Report of the King Institute of Preventive Medicine, Guindy
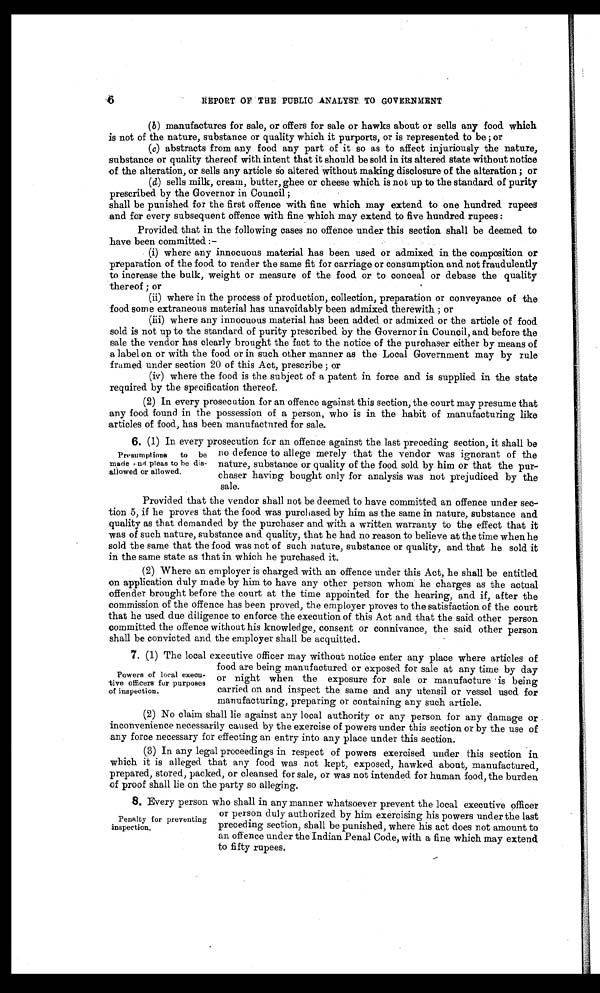
REPORT OF THE PUBLIC ANALYST TO GOVERNMENT
(b) manufactures for sale, or offers for sale or hawks about or sells any food which
is not of the nature, substance or quality which it purports, or is represented to be ; or
(c) abstracts from any food any part of it so as to affect injuriously the nature,
substance or quality thereof with intent that it should be sold in its altered state without notice
of the alteration, or sells any article so altered without making disclosure of the alteration ; or
(d) sells milk, cream, butter, ghee or cheese which is not up to the standard of purity
prescribed by the Governor in Council ;
shall be punished for the first offence with fine which may extend to one hundred rupees
and for every subsequent offence with fine which may extend to five hundred rupees :
Provided that in the following cases no offence under this section shall be deemed to
have been committed :—
(i) where any innocuous material has been used or admixed in the composition or
preparation of the food to render the same fit for carriage or consumption and not fraudulently
to increase the bulk, weight or measure of the food or to conceal or debase the quality
thereof ; or
(ii) where in the process of production, collection, preparation or conveyance of the
food some extraneous material has unavoidably been admixed therewith ; or
(iii) where any innocuous material has been added or admixed or the article of food
sold is not up to the standard of purity prescribed by the Governor in Council, and before the
sale the vendor has clearly brought the fact to the notice of the purchaser either by means of
a label on or with the food or in such other manner as the Local Government may by rule
framed under section 20 of this Act, prescribe ; or
(iv) where the food is the subject of a patent in force and is supplied in the state
required by the specification thereof.
(2) In every prosecution for an offence against this section, the court may presume that
any food found in the possession of a person, who is in the habit of manufacturing like
articles of food, has been manufactured for sale.
6. (1) In every prosecution for an offence against the last preceding section, it shall be
no defence to allege merely that the vendor was ignorant of the
nature, substance or quality of the food sold by him or that the pur
-chaser having bought only for analysis was not prejudiced by the
sale.
Provided that the vendor shall not be deemed to have committed an offence under sec
-tion 5, if he proves that the food was purchased by him as the same in nature, substance and
quality as that demanded by the purchaser and with a written warranty to the effect that it
was of such nature, substance and quality, that he had no reason to believe at the time when he
sold the same that the food was not of such nature, substance or quality, and that he sold it
in the same state as that in which he purchased it.
(2) Where an employer is charged with an offence under this Act, he shall be entitled.
on application duly made by him to have any other person whom he charges as the actual
offender brought before the court at the time appointed for the hearing, and if, after the
commission of the offence has been proved, the employer proves to the satisfaction of the court
that he used due diligence to enforce the execution of this Act and that the said other person
committed the offence without his knowledge, consent or connivance, the said other person
shall be convicted and the employer shall be acquitted.
7. (1) The local executive officer may without notice enter any place where articles of
food are being manufactured or exposed for sale at any time by day
or night when the exposure for sale or manufacture is being
carried on and inspect the same and any utensil or vessel used for
manufacturing, preparing or containing any such article.
(2) No claim shall lie against any local authority or any person for any damage or
inconvenience necessarily caused by the exercise of powers under this section or by the use of
any force necessary for effecting an entry into any place under this section.
(3) In any legal proceedings in respect of powers exercised under this section in
which it is alleged that any food was not kept, exposed, hawked about, manufactured,
prepared, stored, packed, or cleansed for sale, or was not intended for human food, the burden
of proof shall lie on the party so alleging.
8. Every person who shall in any manner whatsoever prevent the local executive officer
or person duly authorized by him exercising his powers under the last
preceding section, shall be punished, where his act does not amount to
an offence under the Indian Penal Code, with a fine which may extend
to fifty rupees.
Presumptions to be
made and pleas to be dis
-allowed or allowed.
Powers of local execu
-tive officers for purposes
of inspection.
Penalty for preventing
inspection.